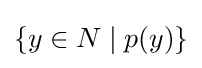
\left\{y\in N\mid p(y)\right\}